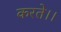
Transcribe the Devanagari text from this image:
करते।।